King Institute of Preventive Medicine Micro-Biological Section reports 1909-11
Year: 1909
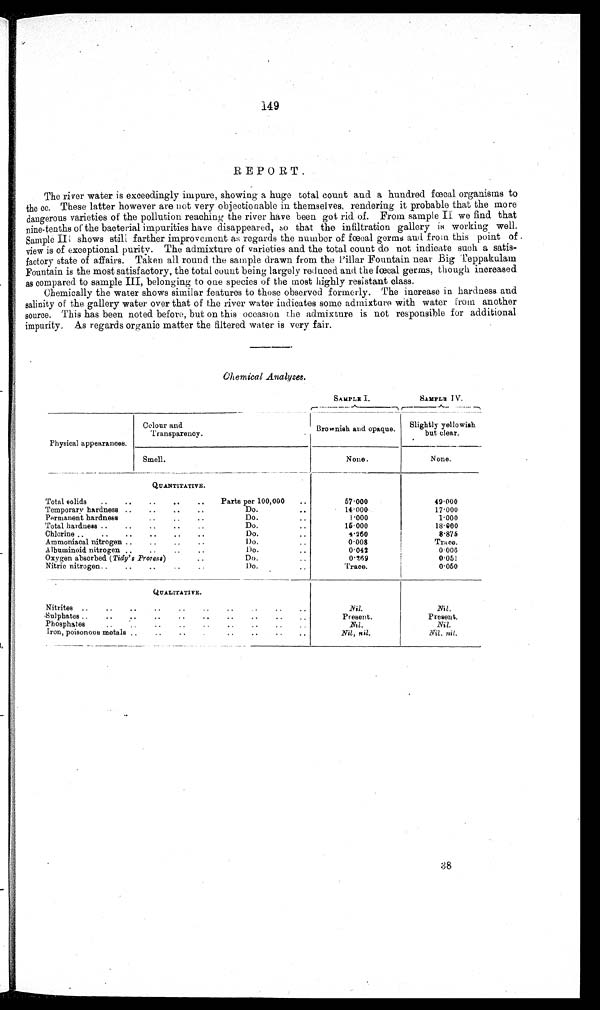
149
REPORT.
The river water is exceedingly impure, showing a huge total count and a hundred fœcal organisms to
the cc. These latter however are not very objectionable in themselves, rendering it probable that the more
dangerous varieties of the pollution reaching the river have been got rid of. From sample we find that
nine-tenths of the bacterial impurities have disappeared, so that the infiltration gallery is working well.
Sample II shows still farther improvement as regards the number of fœcal germs and from this point of
view is of exceptional purity. The admixture of varieties and the total count do not indicate such a satis-
factory state of affairs. Taken all round the sample drawn from the Pillar Fountain near Big Teppakulam
Fountain is the most satisfactory, the total count being largely reduced and the fœcal germs, though increased
as compared to sample III, b e l o n g i n g t o o n e s p e c i e s o f t h e m o s t h i g h l y r e s i s t a n t c l a s s .
Chemically the water shows similar features to those observed formerly. The increase in hardness and
salinity of the gallery water over that of the river water indicates some admixture with water From another
source. This has been noted before, but on this occasion the admixture is not responsible for additional
impurity. As regards organic matter the filtered water is very fair.
Chemical Analyses.
SAMPLE I.
SAMPLE IV.
Physical appearances.
Colour and
Transparency.
Brownish and opaque.
Slightly yellowish
but clear.
Smell.
None.
None.
QUANTITATIVE.
Total solids
..
..
..
..
Parts per 100,000
..
57.000
49.000
Temporary hardness ..
..
..
..
Do.
. .
14.000
17.000
Permanent hardness
..
. .
..
Do.
..
1.000
1.000
Total hardness
..
..
..
. .
Do.
..
15.000
18.000
Chlorine
..
..
..
..
Do.
..
4.260
8.875
Ammoniacal nitrogen ..
..
..
..
Do.
..
0.008
Trace.
Albuminoid nitrogen ..
..
..
..
Do.
..
0.042
0.006
Oxygen absorbed (Tidy's Process)
. .
. .
Do.
..
0.269
0.051
Nitric nitrogen
..
..
. .
..
Do.
. .
Trace.
0.050
QUALITATIVE.
Nitrites
..
..
..
..
..
..
. .
. .
. .
N i l .
Nil.
Sulphates
. .
..
..
..
..
..
..
. .
..
Present.
Present.
Phosphates
..
..
..
..
. .
..
. .
. . . .
Nil.
Nil.
Iron, poisonous metals . .
..
..
. .
. .
. .
. . ..
Nil, nil.
Nil. nil.
3 8